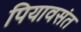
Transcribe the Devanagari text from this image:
पियावसंत